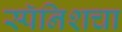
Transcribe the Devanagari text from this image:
स्पॅनिशचा